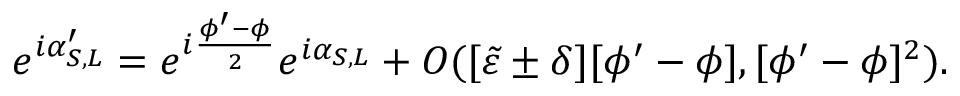
e ^ { i \alpha _ { S , L } ^ { \prime } } = e ^ { i \frac { \phi ^ { \prime } - \phi } { 2 } } e ^ { i \alpha _ { S , L } } + O ( [ \tilde { \varepsilon } \pm \delta ] [ \phi ^ { \prime } - \phi ] , [ \phi ^ { \prime } - \phi ] ^ { 2 } ) .